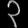
Digit: ၃